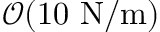
\mathcal { O } ( 1 0 ~ \mathrm { N / m } )